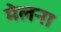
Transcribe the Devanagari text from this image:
मेलना